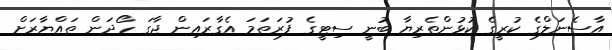
އާސެނަލްގެ ކުރީގެ ކުޅުންތެރިޔާ ބުނީ ސިޓީގެ ފުރަތަމަ އެގާރައިން ޖާގަ ހޯދަން ތައްޔާރަށް